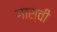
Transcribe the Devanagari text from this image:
गास्वी